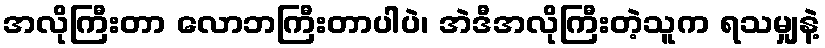
အလိုကြီးတာ လောဘကြီးတာပါပဲ၊ အဲဒီအလိုကြီးတဲ့သူက ရသမျှနဲ့